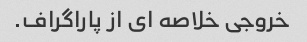
خروجی خلاصه ای از پاراگراف.